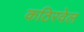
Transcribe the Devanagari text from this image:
कठिरवेल